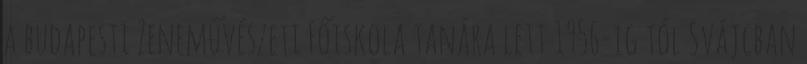
a budapesti Zeneművészeti Főiskola tanára lett 1956-ig tól Svájcban